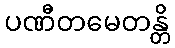
ပဏီတမေတန္တိ